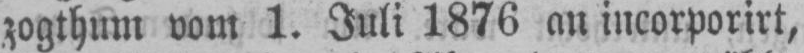
zogthum vom 1. Juli 1876 an incorporirt,